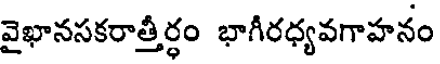
వైఖానసకరాత్తీర్ధం భాగీరధ్యవగాహనం